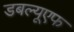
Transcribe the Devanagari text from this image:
डबल्यूएफ